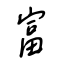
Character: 富